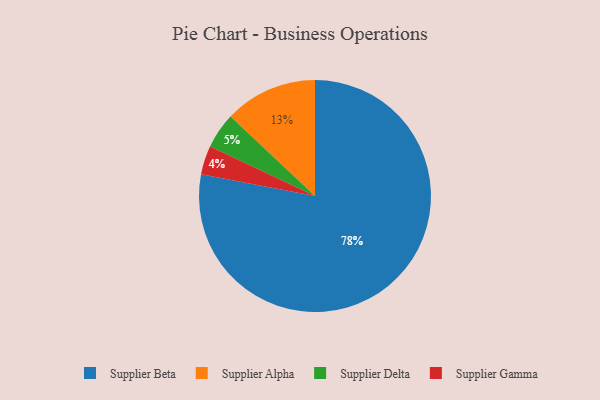
{"axis": {"x": "Category", "y": "Percentage"}, "legend": ["Supplier Alpha", "Supplier Beta", "Supplier Delta", "Supplier Gamma"], "data": [{"x": "Supplier Alpha", "y": 13, "type": "Supplier Alpha"}, {"x": "Supplier Delta", "y": 5, "type": "Supplier Delta"}, {"x": "Supplier Beta", "y": 78, "type": "Supplier Beta"}, {"x": "Supplier Gamma", "y": 4, "type": "Supplier Gamma"}]}